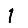
Digit: 1